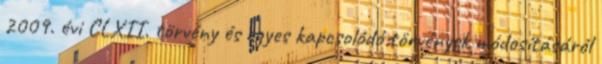
2009. évi CLXII. törvény és egyes kapcsolódó törvények módosításáról